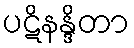
ပဋိနန္ဒိတာ